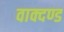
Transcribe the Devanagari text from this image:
वाक्दण्ड